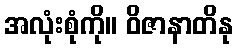
အလုံးစုံကို။ ဝိဇာနာတိနု